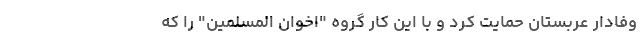
وفادار عربستان حمایت کرد و با این کار گروه "اخوان المسلمین" را که